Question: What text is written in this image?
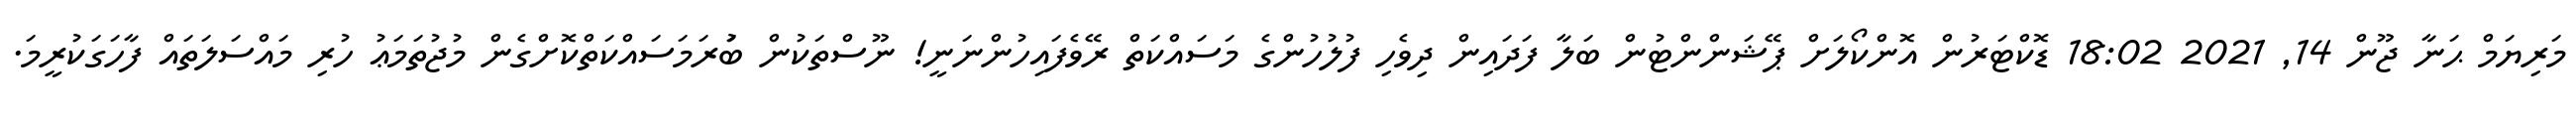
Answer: މަރިޔަމް ޙަނާ ޖޫން 14, 2021 18:02 ޑޮކްޓަރުން އޮންކޯލަށް ޕޭޝަންންޓުން ބަލާ ފަދައިން ދިވެހި ފުލުހުންގެ މަސައްކަތް ރޭވެފައިހުންނަނީ! ނޫސްތަކުން ބުަރަމަސައްކަތްކޮށްގެން މުޖުތަމަޢު ހުރި މައްސަލަތައް ފާހަގަކުރީމަ.